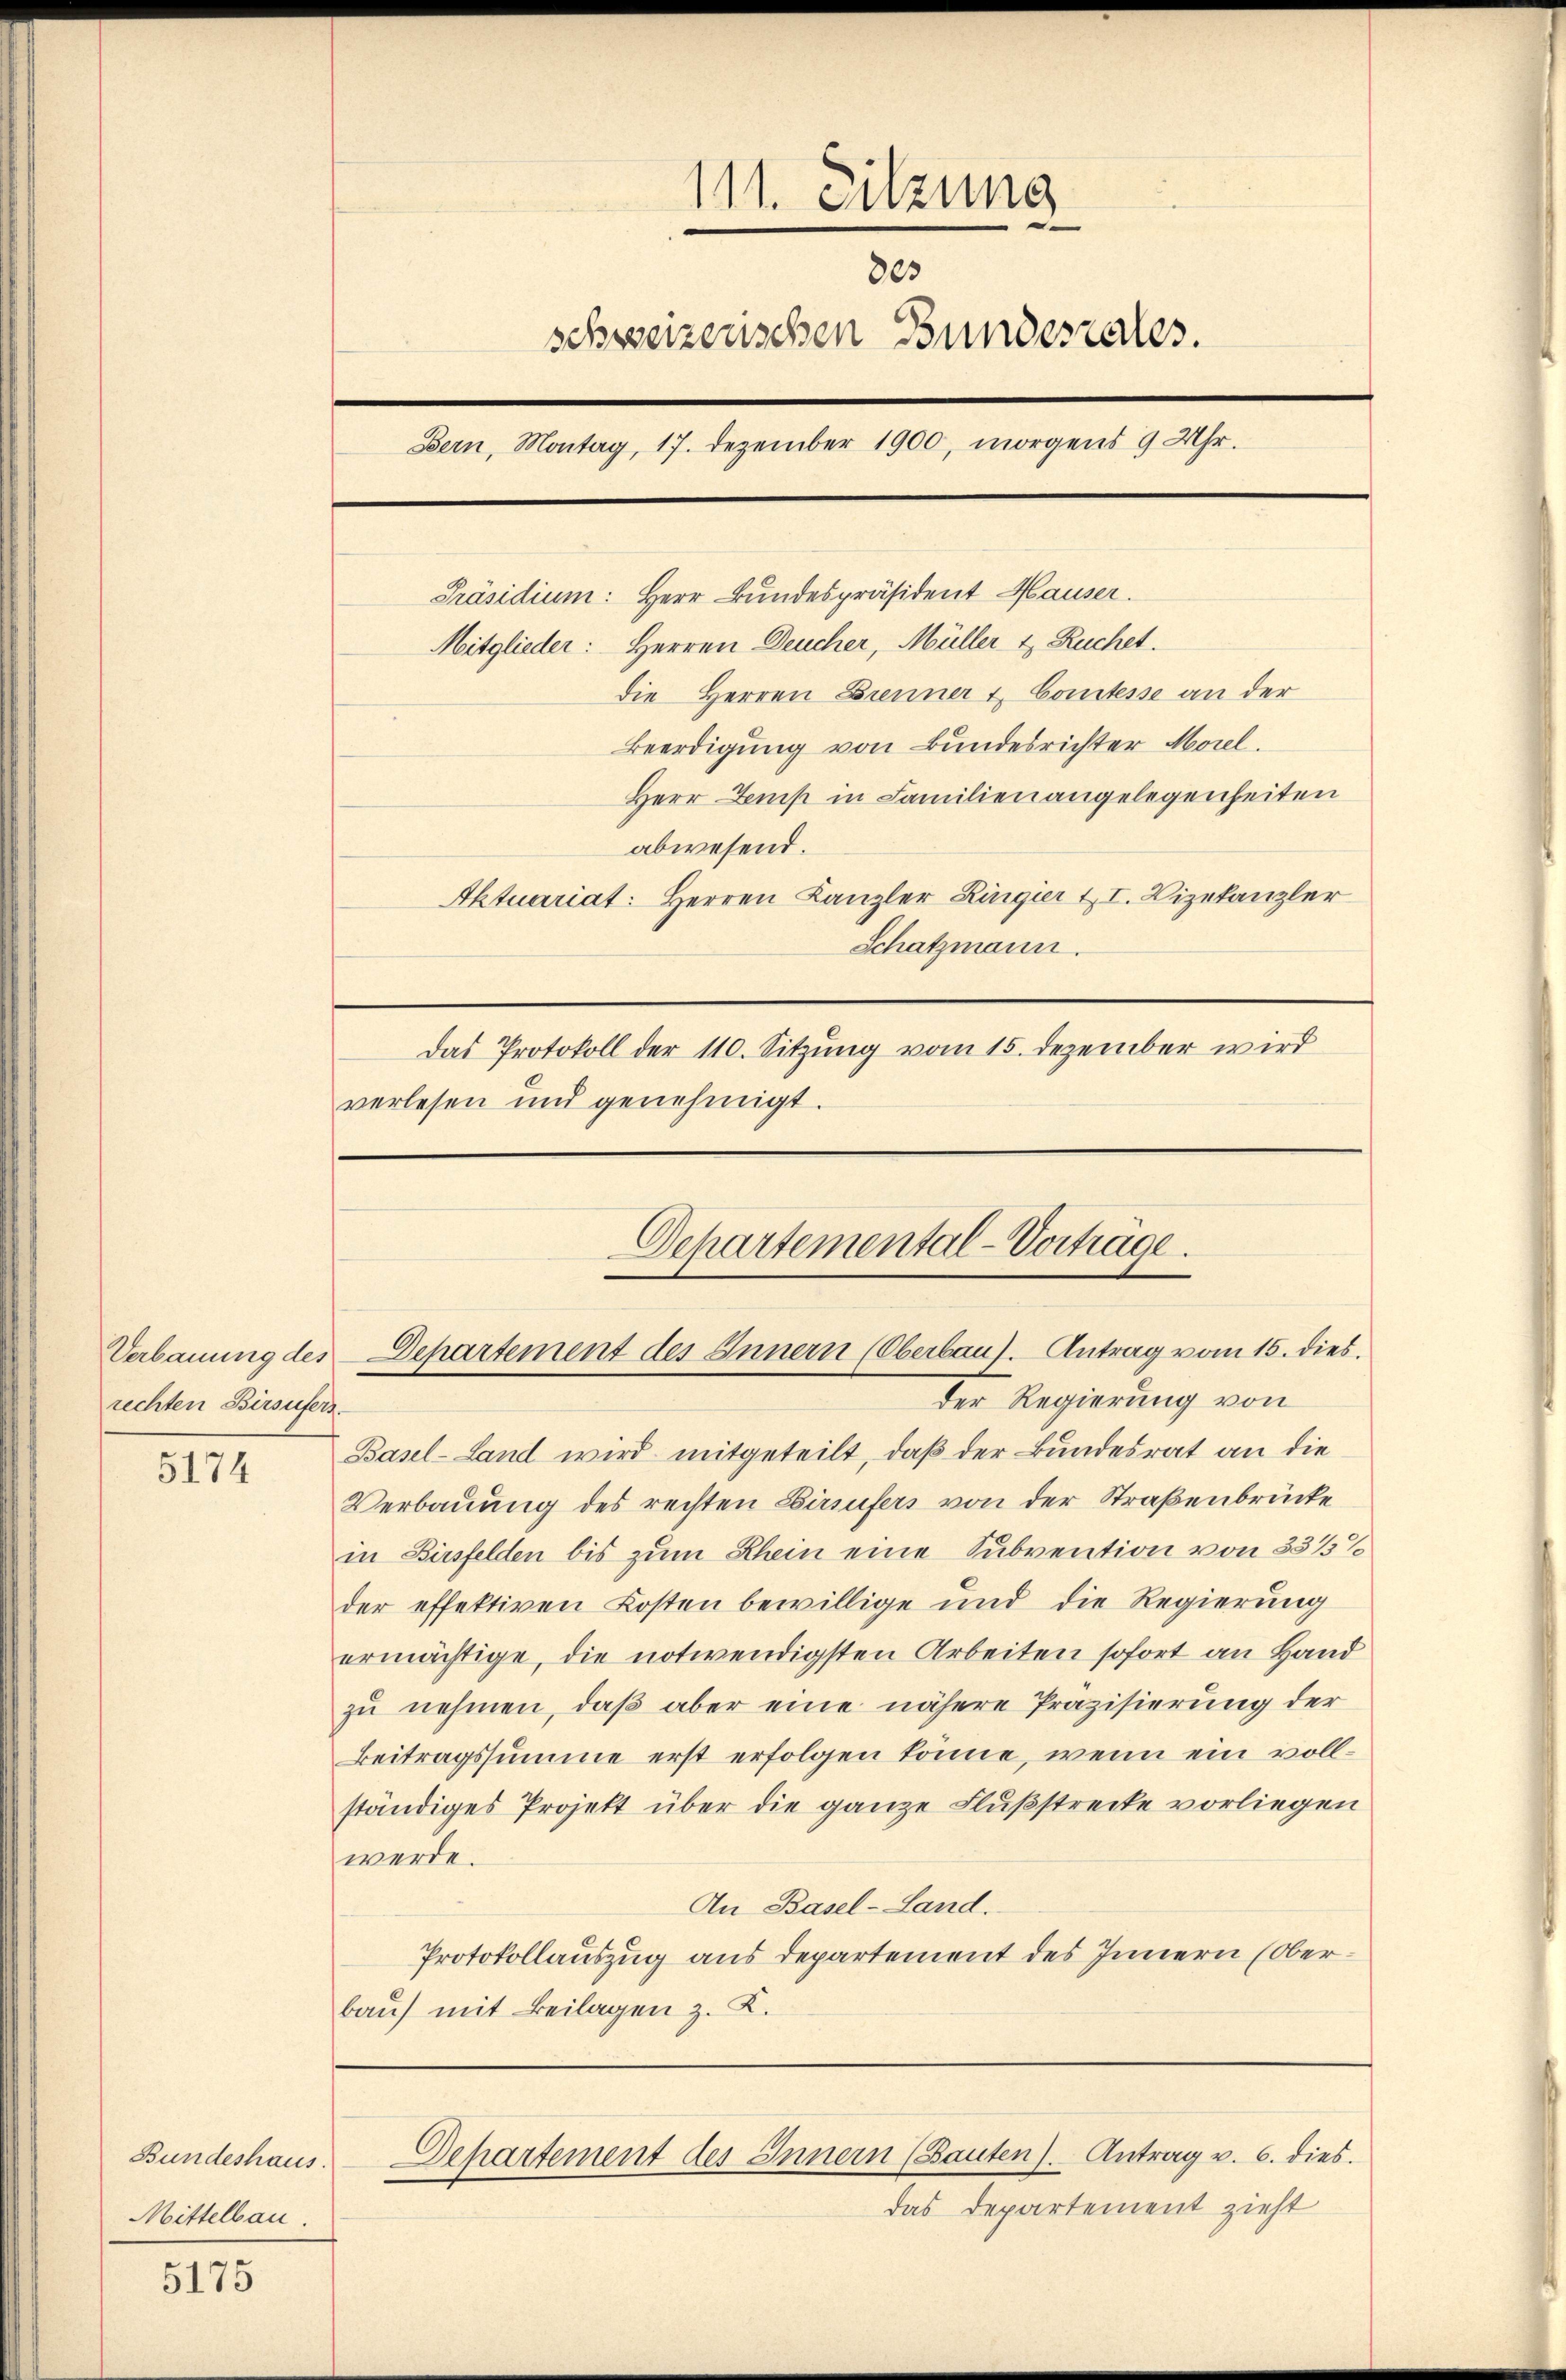
Verbauung des
rechten Birsufers.

5174

Bundeshaus.
Mittelbau.

5175

111. Sitzung
803
schweizenschen Bundesrates.
Bern, Montag, 17. Dezember 1900, morgens 9 Uhr.

Präsidium: Herr Bundespräsident Hauser.
Mitglieder: Herren Deucher, Müller & Ruchet.
die Herren Brenner & Comtesse an der
Beerdigung von Bundesrichter Morel
Herr Doms in Familien angelegenheiten
abwesend.
Aktuariat: Herren Kanzler Ringier II. Vizekanzler
Schatzmann.
Das Protokoll der 110. Sitzung vom 15. Dezember wird
verlesen und genehmigt.

Departemental-Vortrage.
Departement des Innern (Oberbaus. Antrag vom 15. dies.

der Regierung von
Basel-Land wird mitgeteilt, daß der Bundesrat an die
Verbauung des rechten Birsufers von der Straßenbrücke
in Birsfelden bis zum Rhein eine Subvention von 33 1/3%
der effektiven Kosten bewillige und die Regierung
ermächtige, die notwendigsten Arbeiten sofort an Hand
zu nehmen, daß aber eine nähere Präzisierung der
Beitragssumme erst erfolgen könne, wenn ein vollständiges Projekt über die ganze Flußstrecke vorliegen
werde.
An Basel-Land.
Protokollauszug aus Departement des Innern (Oberbau) mit Beilagen z. K.

Dehartement des Innern (Bauten). Antrag v. 6. dies

das Departement zieht